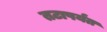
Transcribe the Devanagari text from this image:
तटापर्यंत